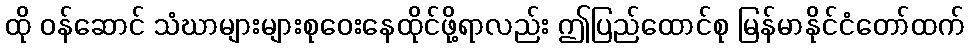
ထို ဝန်ဆောင် သံဃာများများစုဝေးနေထိုင်ဖို့ရာလည်း ဤပြည်ထောင်စု မြန်မာနိုင်ငံတော်ထက်